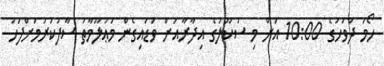
ހޯމަ ދުވަހުގެ 10:00 އަށް މި ސުކޫލުގެ އިދާރާއަށް ވަޑައިގެން މަޢުލޫމާތު ސާފުކުރުމަށްފަހު